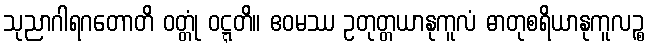
သုညာဂါရဂတောတိ ဝတ္တုံ ဝဋ္ဋတိ။ ဧဝမဿ ဥတုတ္တယာနုကူလံ ဓာတုစရိယာနုကူလဉ္စ